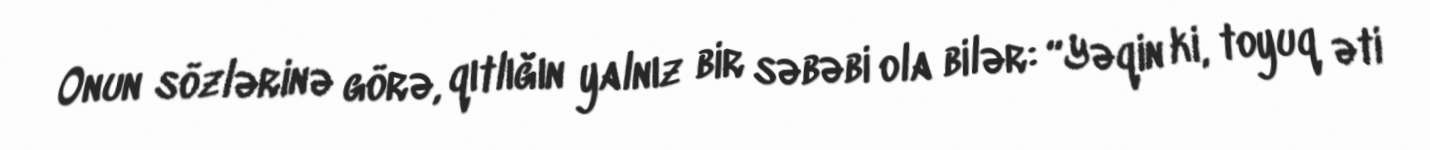
Onun sözlərinə görə, qıtlığın yalnız bir səbəbi ola bilər: “Yəqin ki, toyuq əti